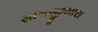
સામજીયારા